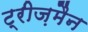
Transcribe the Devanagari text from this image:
ट्रीज़मैन